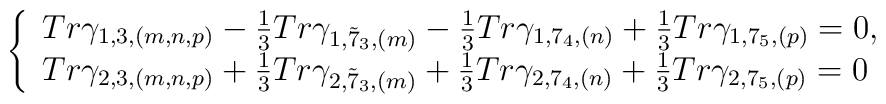
\left \{\begin{array}{l}Tr\gamma_{1, 3,  (m, n, p)} - \frac{1}{3}  Tr\gamma_{1, \tilde{7}_{3}, (m) } -\frac{1}{3} Tr\gamma_{1, 7_{4}, (n)} + \frac{1}{3} Tr\gamma_{1, 7_{5},(p)}=0, \\ Tr\gamma_{2, 3,    (m, n, p)} + \frac{1}{3}    Tr\gamma_{2,\tilde{7}_{3},  (m)  } + \frac{1}{3} Tr\gamma_{2,   7_{4},  (n)} + \frac{1}{3}Tr\gamma_{2, 7_{5}, (p)}=0\end{array}\right.